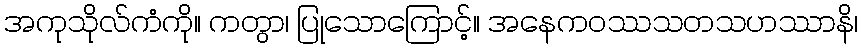
အကုသိုလ်ကံကို။ ကတွာ၊ ပြုသောကြောင့်။ အနေကဝဿသတသဟဿာနိ၊